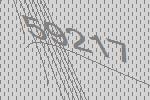
59217